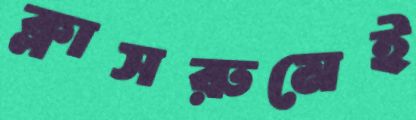
ক্লাসরুমেই